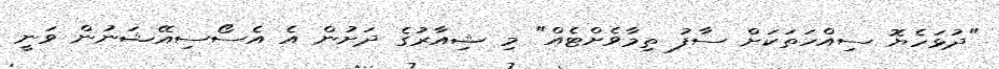
"ދުޅަހެޔޮ ސިއްހަތަކަށް ސާފު ތިމާވެށްޓެއް" މި ޝިއާރުގެ ދަށުން އެ އެސޯސިއޭޝަނުން ވަނީ